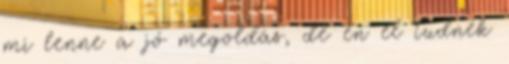
mi lenne a jó megoldás, de én el tudnék